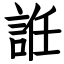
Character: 䛘